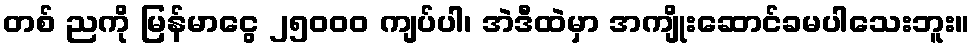
တစ် ညကို မြန်မာငွေ ၂၅၀၀၀ ကျပ်ပါ၊ အဲဒီထဲမှာ အကျိုးဆောင်ခမပါသေးဘူး။